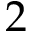
2